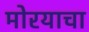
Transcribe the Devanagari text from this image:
मोरयाचा